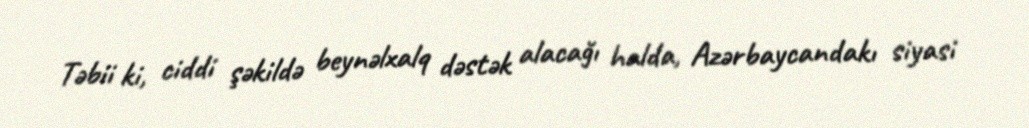
Təbii ki, ciddi şəkildə beynəlxalq dəstək alacağı halda, Azərbaycandakı siyasi